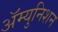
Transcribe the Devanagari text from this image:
ॲम्युनिशन